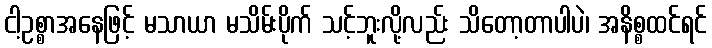
ငါ့ဥစ္စာအနေဖြင့် မသာယာ မသိမ်းပိုက် သင့်ဘူးလို့လည်း သိတော့တာပါပဲ၊ အနိစ္စထင်ရင်